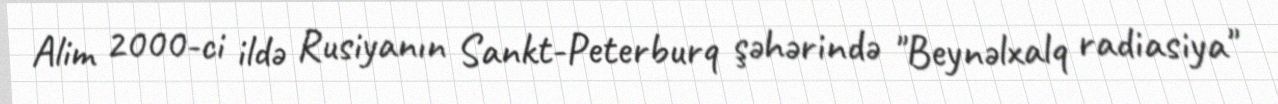
Alim 2000-ci ildə Rusiyanın Sankt-Peterburq şəhərində "Beynəlxalq radiasiya"